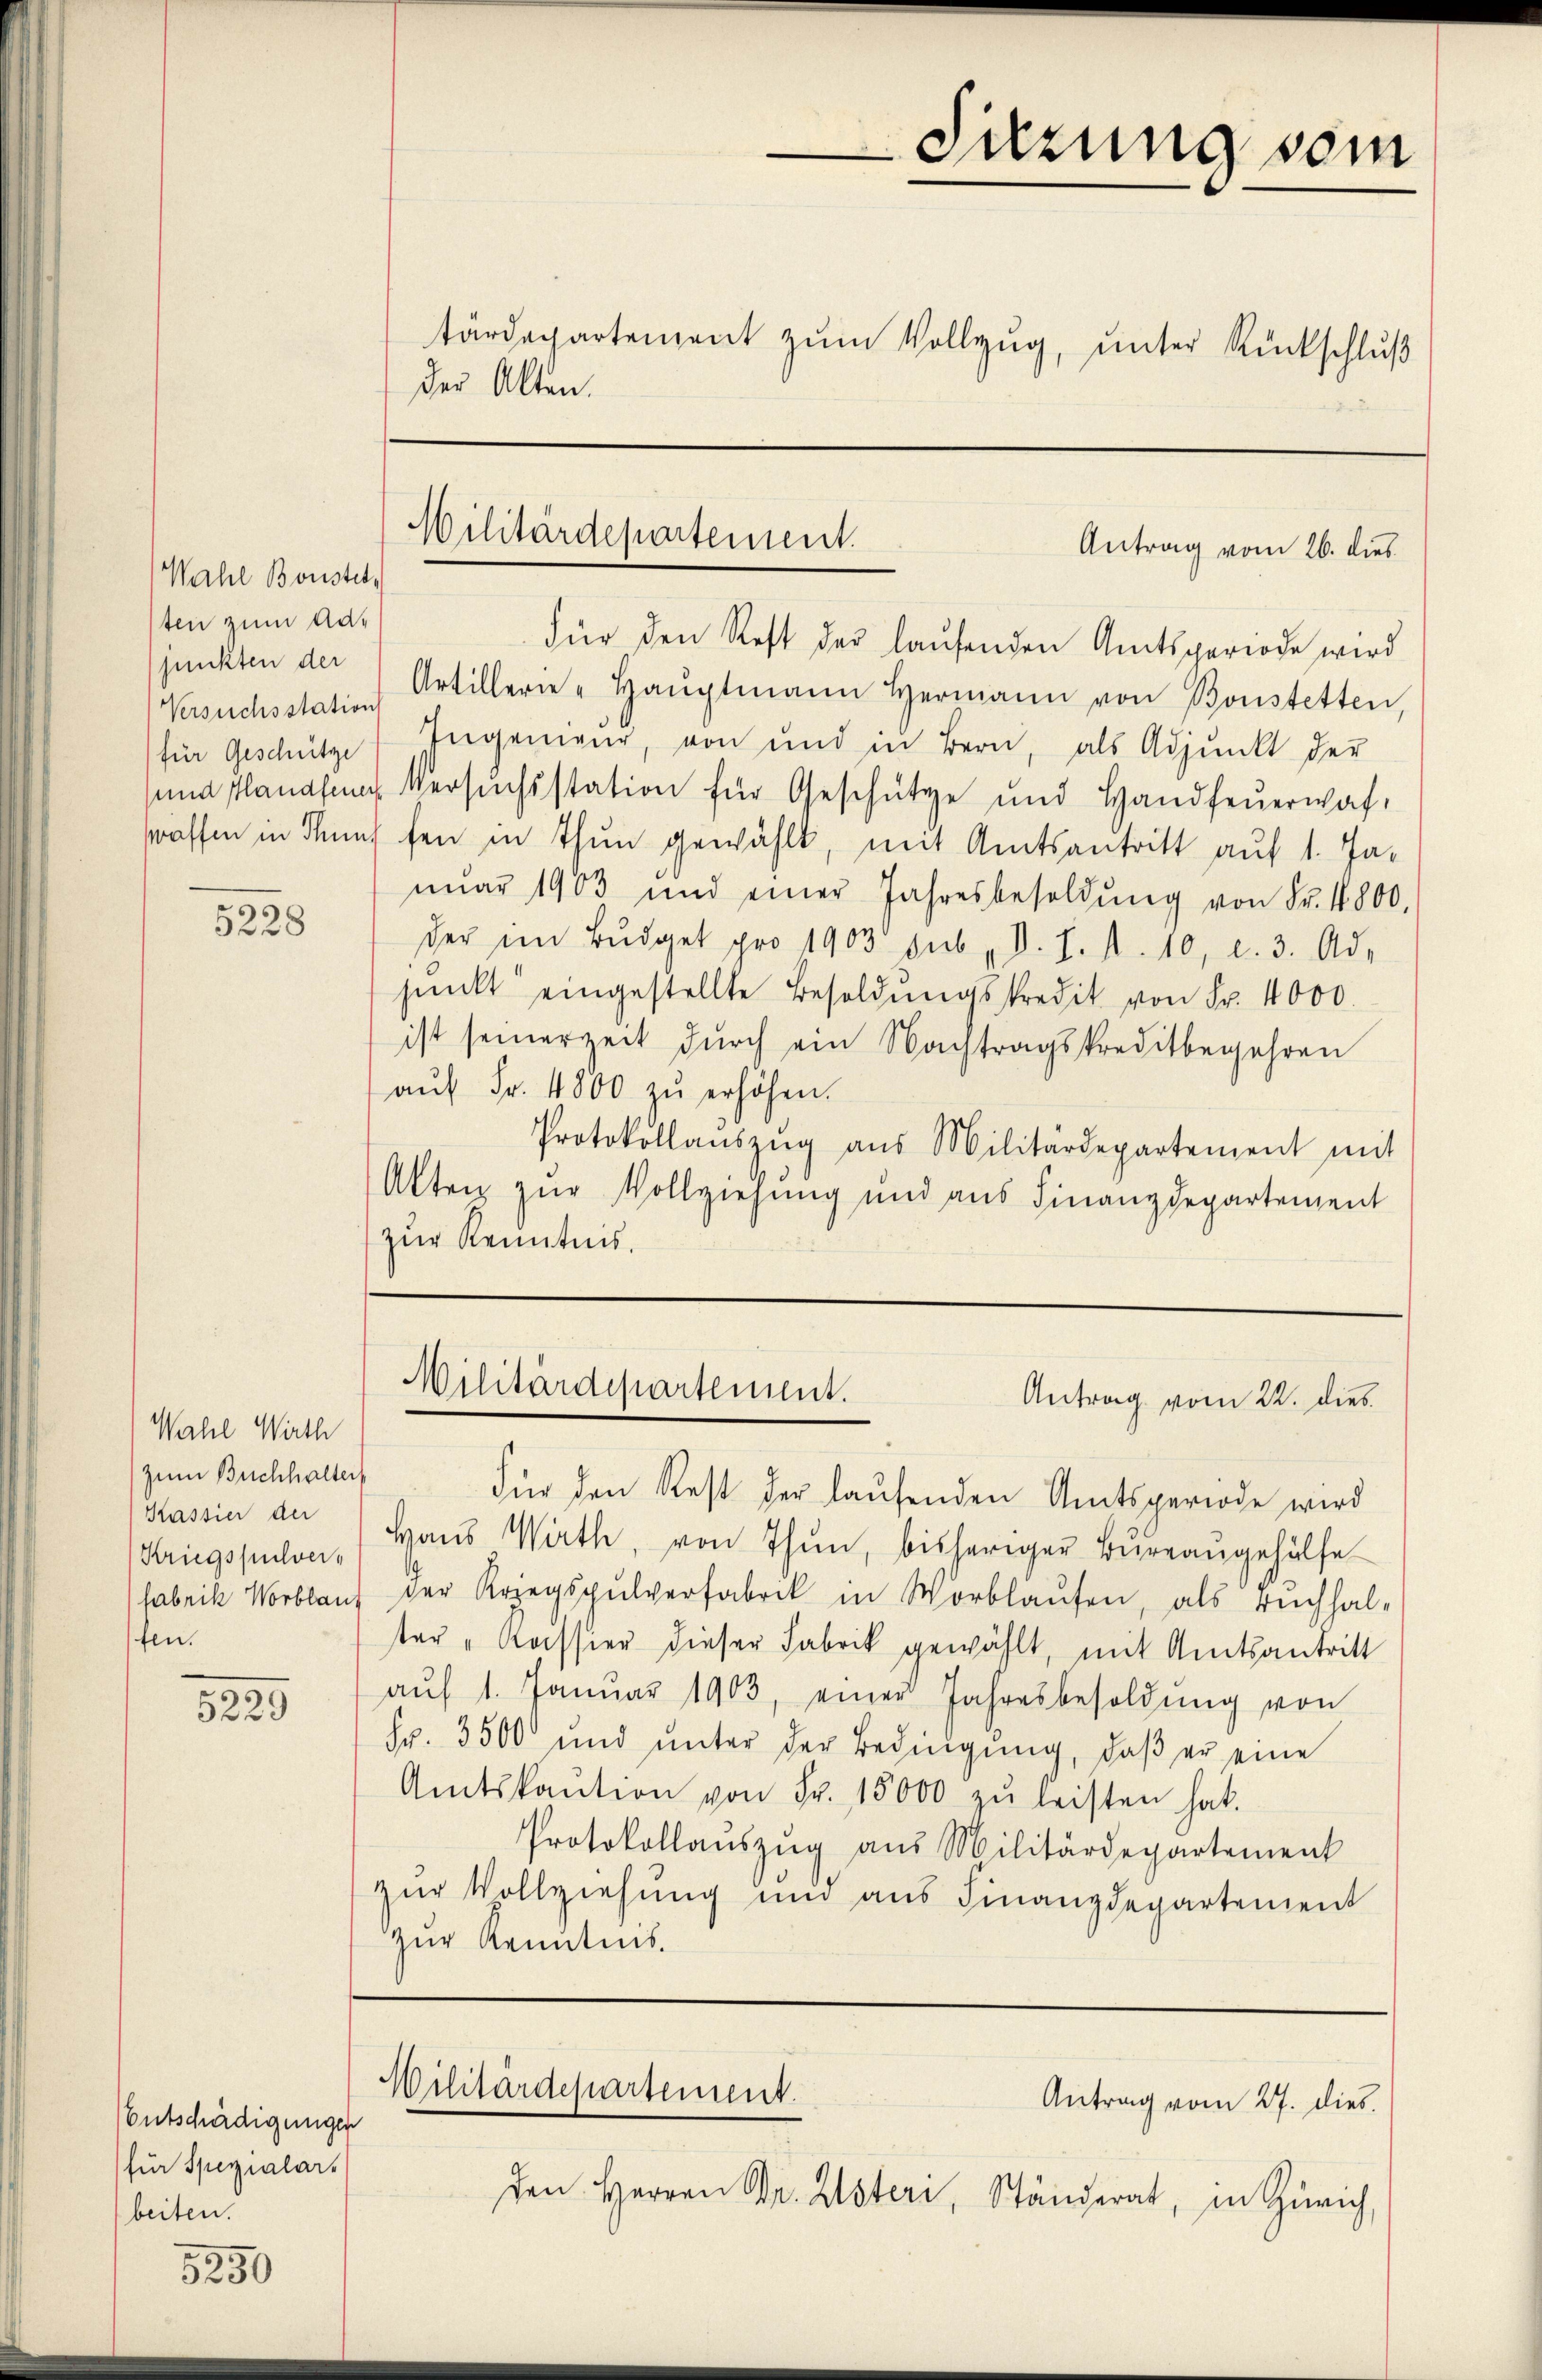
Wahl Bonstet,
ten zum Adjunkten der
Versuchsstation
für Geschütze

5228

Wahl Wirth
zum Buchhalter
Kassier der
Kriegspulver-
fen.

5228

Entschädigungen
für Spezialar.
beiten.

5250

der Akten.

Militärdepartement.

Für den Rest der laŭfenden Amtsperiode wird
Artillerie-Haŭptmann Hermann von Bonstetten,
Ingenieur, von und in Bern, als Adjunkt der
sund Planesen Versuchsstation für Geschütze und Handfeŭerwah-
straffen in dens fen in Thun gewählt, mit Amtsantritt auf 1. Ja-
nŭar 1903 und einer Jahresbesoldŭng von Fr. 1800,
der im Bŭdget pro 1903 sub d. J. A. 10, c. 3. Ad-
sŭnkt eingestellte Besoldŭngskredit von Fr. 4000.
ist seinerzeit durch ein Nachtragskreditbegehren
aŭf Fr. 4800 zu erhöhen.
Protokollaŭszŭg aŭs Militärdepartement mit
Akten zŭr Vollziehŭng und aus Finanzdepartement
zur Kenntnis.

Für den Rest der laŭfenden Amtsperiode wird
Hans Wath, von Thun, bisheriger Büreaŭgehülfe
fabrik Noblauf der Kriegspulverfabrik in Worblaŭfen, als ruchhal-
ter "Kassier dieser Fabrik gewählt, mit Amtsantritt
aŭf 1. Janŭar 1903, einer Jahresbesoldŭng von
Fr. 3500 ŭnd ŭnter der Bedingŭng, daβ er eine
Amtskaŭtion von Fr. 15000 zŭ leisten hat.
Protokollaŭszŭg aŭs Militärdepartement
zur Vollziehung und aus Finanzdepartement
zur Kenntnis.

Sitzung sein
tärdepartement zŭm Vollzug, unter Rückschluß

Antrag vom 26. dies

Militärdepartement.
Antrag vom 22. dies

Militärdepartement.
Antrag vom 27. dies
den Herren Dr. Usteri, Ständerat, in Zürich,